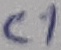
Text: C1